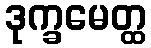
ဒုက္ခမေတ္ထ